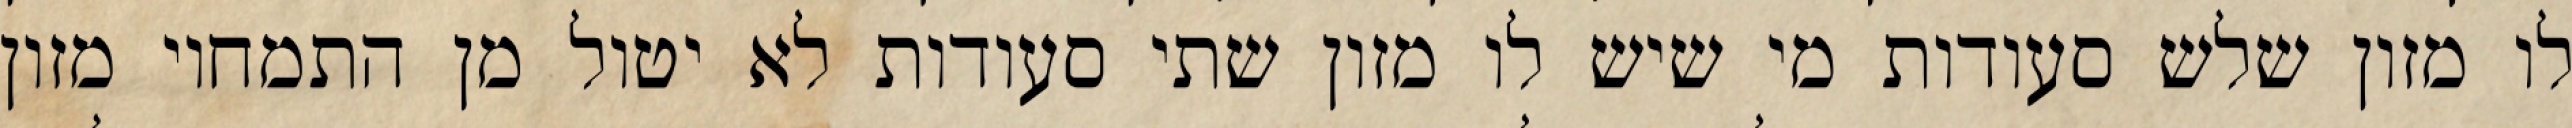
לו מזון שלש סעודות מי שיש לו מזון שתי סעודות לא יטול מן התמחוי מזון